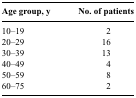
<table><thead><tr><td><b>Age group, y</b></td><td><b>No. of patients</b></td></tr></thead><tbody><tr><td>10–19</td><td>2</td></tr><tr><td>20–29</td><td>16</td></tr><tr><td>30–39</td><td>13</td></tr><tr><td>40–49</td><td>4</td></tr><tr><td>50–59</td><td>8</td></tr><tr><td>60–75</td><td>2</td></tr></tbody></table>